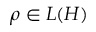
\rho \in L ( H )